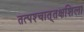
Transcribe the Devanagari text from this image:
तत्पश्‍चात्‌तक्षशिला